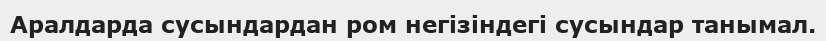
Аралдарда сусындардан ром негізіндегі сусындар танымал.